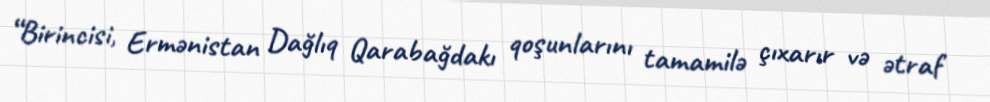
“Birincisi, Ermənistan Dağlıq Qarabağdakı qoşunlarını tamamilə çıxarır və ətraf